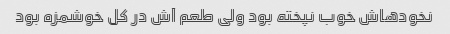
نخودهاش خوب نپخته بود ولی طعم آش در کل خوشمزه بود